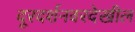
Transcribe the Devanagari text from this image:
दूरदर्शनवरदेखील